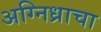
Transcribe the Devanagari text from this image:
अग्निध्राचा